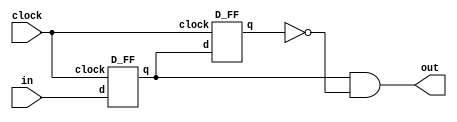
module NegativeEdgeDetector(
	input in,
	input clock,
	output out
);

wire q0,q1;

D_FF D1(in,clock,q0); //instantiation of D Flip Flop
D_FF D2(q0,clock,q1);
assign out=(q0 && !q1);
endmodule

module D_FF(d,clock,q); //D Flip Flop module
input d,clock;
output reg q;
always@(negedge clock)
begin
q<=d;
end
endmodule